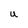
Character: u